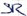
Text: SR